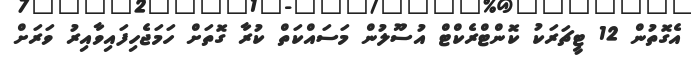
އެގޮތުން 12 ޓީޗަރަކު ކޮންޓްރެކްޓް އުސޫލުން މަސައްކަތް ކުރާ ގޮތަށް ހަމަޖެހިފައިވާއިރު ވަރަށް